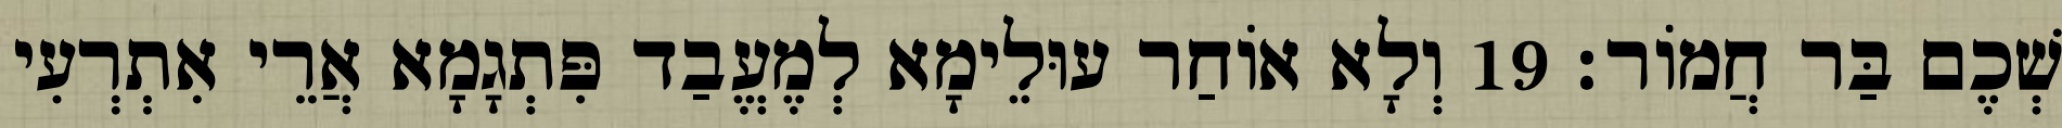
שְׁכֶם בַּר חֲמוֹר׃ 19 וְלָא אוֹחַר עוּלֵימָא לְמֶעֱבַד פִּתְגָמָא אֲרֵי אִתְרְעִי